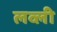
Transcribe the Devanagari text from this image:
लव्ली